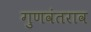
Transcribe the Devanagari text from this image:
गुणवंतराव